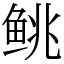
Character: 𬶐